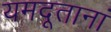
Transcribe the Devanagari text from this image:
यमदूतानां